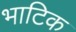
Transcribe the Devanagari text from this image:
भाटिक